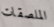
الملصقات